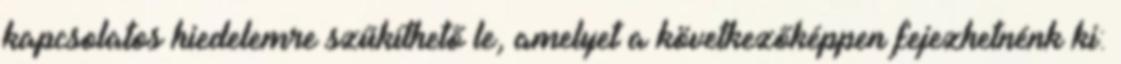
kapcsolatos hiedelemre szűkíthető le, amelyet a következőképpen fejezhetnénk ki: